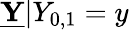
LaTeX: \underline{{\mathbf{Y}}}|Y_{0,1}=y